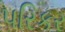
પરિકર